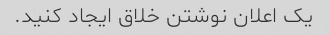
یک اعلان نوشتن خلاق ایجاد کنید.